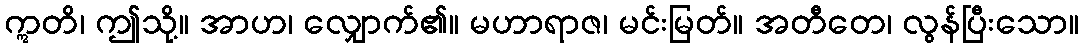
ဣတိ၊ ဤသို့။ အာဟ၊ လျှောက်၏။ မဟာရာဇ၊ မင်းမြတ်။ အတီတေ၊ လွန်ပြီးသော။